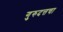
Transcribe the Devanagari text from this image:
गुरुदत्तचा